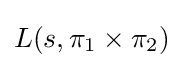
L(s,\pi _{1}\times \pi _{2})